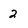
Character: 2